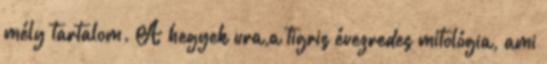
mély tartalom. A hegyek ura,a tigris évezredes mitológia, ami